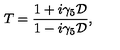
T = { \frac { 1 + i \gamma _ { 5 } { \cal D } } { 1 - i \gamma _ { 5 } { \cal D } } } ,